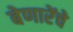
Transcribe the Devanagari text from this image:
बेणारेंचे